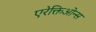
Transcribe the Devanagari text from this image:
एरेक्तिओन्स